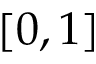
[ 0 , 1 ]